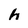
Character: h